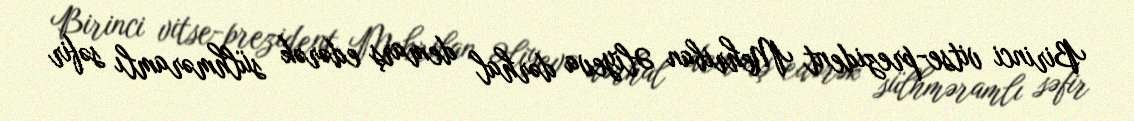
Birinci vitse-prezident Mehriban Əliyeva dərhal demarş edərək sülhməramlı səfir